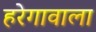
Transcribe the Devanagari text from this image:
हरेगावाला